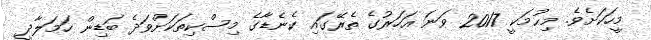
މީހަކަށެވެ. މިޙުމަކީ 2017 ވަނަ އަހަރުގެ ތެރޭގައި ކެނެޑާގެ މިސްކިތަކަށްވަދެ ބަޑިން ހަމަލާދީ